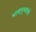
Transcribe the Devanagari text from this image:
भावानुभवांची